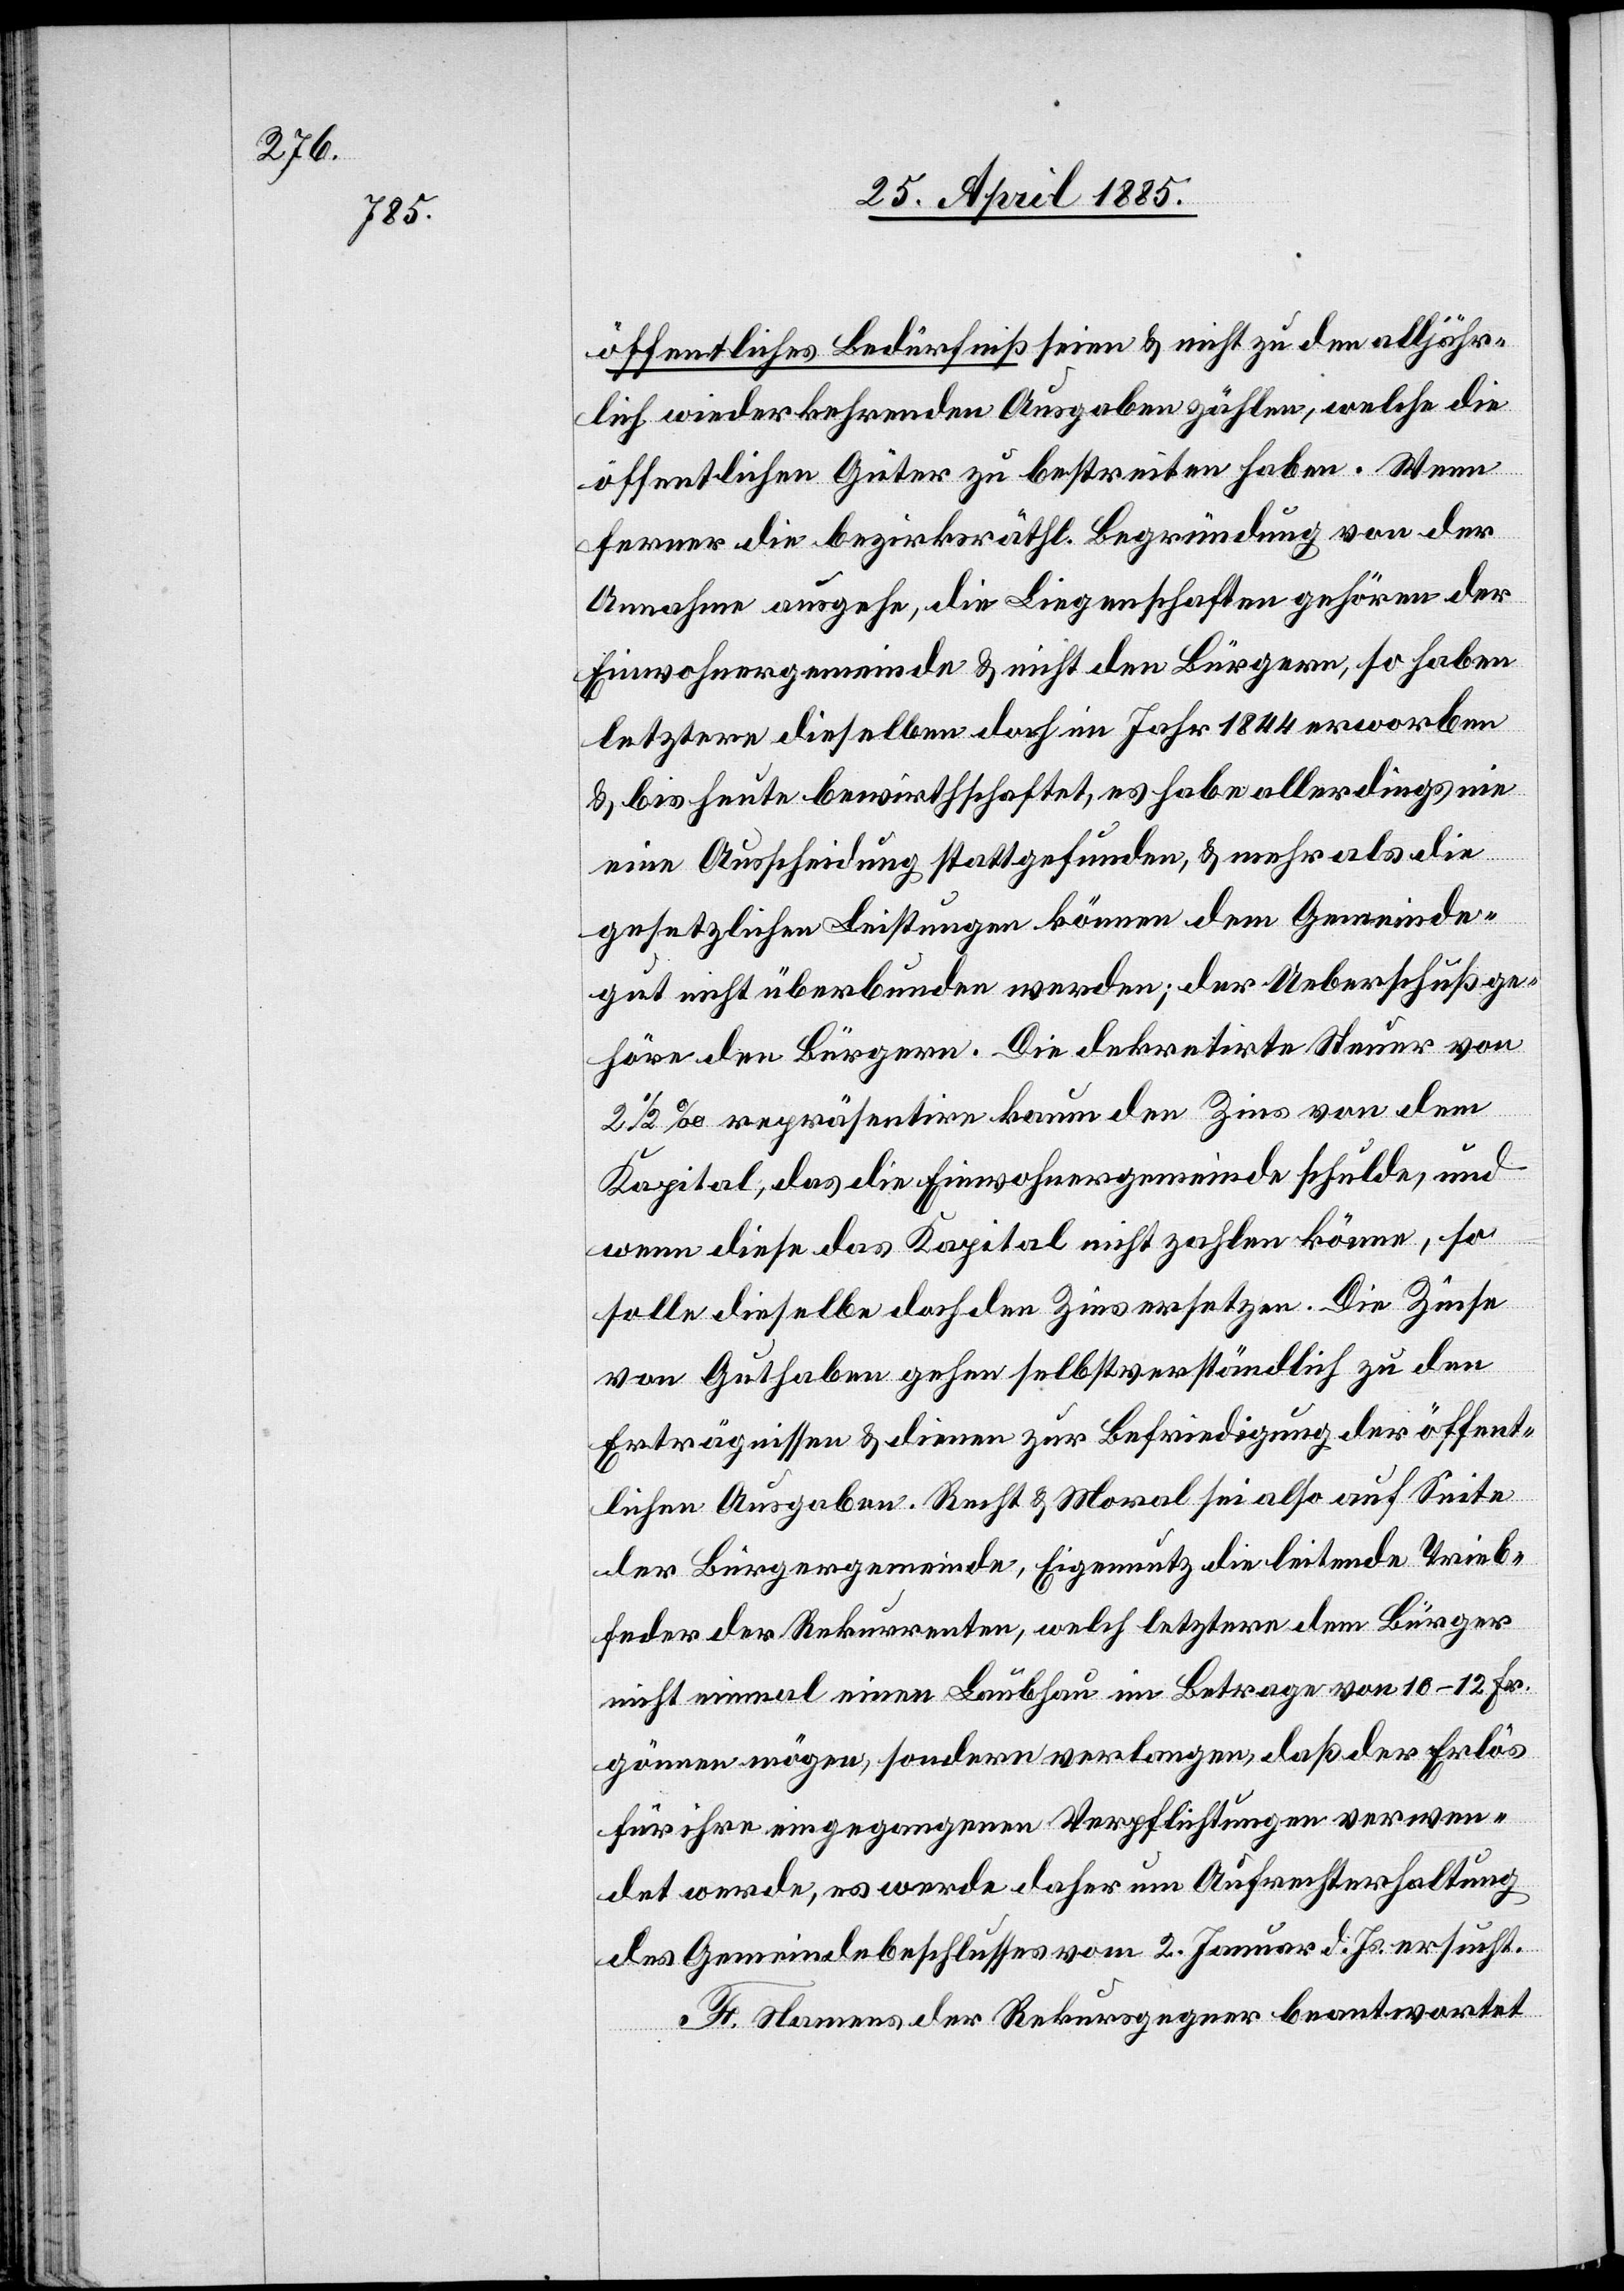
öffentliches Bedürfniß seien & nicht zu den alljähr¬
lich wiederkehrenden Ausgaben zählen, welche die
öffentlichen Güter zu bestreiten haben. Wenn
ferner die bezirksräthl. Begründung von der
Annahme ausgehe, die Liegenschaften gehören der
Einwohnergemeinde & nicht den Bürgern, so haben
letztere dieselben doch im Jahr 1844 erworben
& bis heute bewirthschaftet, es habe allerdings nie
eine Ausscheidung stattgefunden, & mehr als die
gesetzlichen Leistungen könne dem Gemeinde¬
gut nicht überbunden werden; der Ueberschuß ge¬
höre den Bürgern. Die dekretirte Steuer von2
1/2‰ repräsentire kaum den Zins von dem
Kapital, das die Einwohnergemeinde schulde, und
wenn diese das Kapital nicht zahlen könne, so
solle dieselbe doch den Zins ersetzen. Die Zinse
von Guthaben gehen selbstverständlich zu den
Erträgnissen & dienen zur Befriedigung der öffent¬
lichen Ausgaben. Recht & Moral sei also auf Seite
der Bürgergemeinde, Eigennutz die leitende Trieb¬
feder der Rekurrenten, welch letztere dem Bürger
nicht einmal einen Laubhau im Betrage von 10–12 Fr.
gönnen mögen, sondern verlangen, daß der Erlös
für ihre eingegangenen Verpflichtungen verwen¬
det werde, es werde daher um Aufrechterhaltung
des Gemeindebeschlusses vom 2. Januar d. Js. ersucht.
F. Namens der Rekursgegner beantwortet